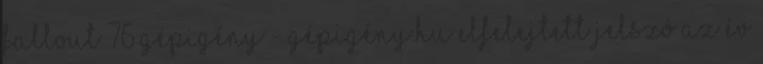
Fallout 76 gépigény - Gépigény.hu Elfelejtett jelszó Az év